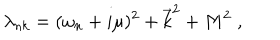
LaTeX: \lambda _ { n k } = ( \omega _ { n } + i \mu ) ^ { 2 } + \vec { k } ^ { 2 } + M ^ { 2 } \; ,